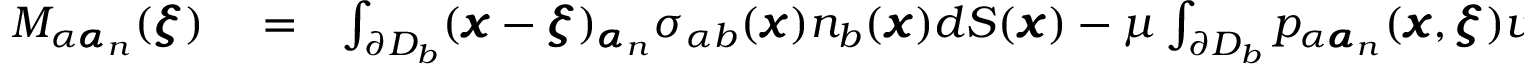
\begin{array} { r l r } { M _ { \alpha { \pmb \alpha } _ { n } } ( { \pmb \xi } ) } & { { } = } & { \int _ { \partial D _ { b } } ( { \pmb x } - { \pmb \xi } ) _ { { \pmb \alpha } _ { n } } \sigma _ { \alpha b } ( { \pmb x } ) n _ { b } ( { \pmb x } ) d S ( { \pmb x } ) - \mu \int _ { \partial D _ { b } } p _ { \alpha { \pmb \alpha } _ { n } } ( { \pmb x } , { \pmb \xi } ) v _ { b } ( { \pmb x } ) n _ { b } ( { \pmb x } ) d S ( { \pmb x } ) } \end{array}